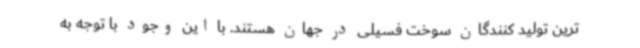
ترین تولید کنندگان سوخت فسیلی در جهان هستند. با این وجود با توجه به